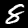
Digit: 8